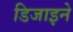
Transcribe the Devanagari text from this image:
डिजाइने